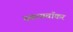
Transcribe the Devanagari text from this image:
स्कायवॉकर